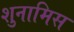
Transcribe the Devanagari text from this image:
शुनामिस